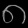
Digit: ၈